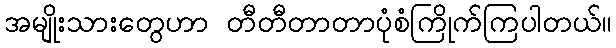
အမျိုးသားတွေဟာ တီတီတာတာပုံစံကြိုက်ကြပါတယ်။